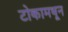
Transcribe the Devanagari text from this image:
टोकामधून